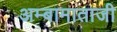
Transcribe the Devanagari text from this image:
अम्बामाताजी